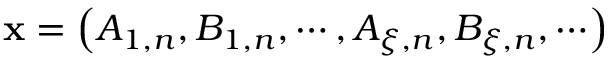
{ \bf x } = \left( A _ { 1 , n } , B _ { 1 , n } , \cdots , A _ { \xi , n } , B _ { \xi , n } , \cdots \right)